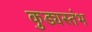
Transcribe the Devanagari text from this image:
कुड्यस्तंभ